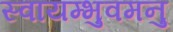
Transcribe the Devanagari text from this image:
स्वायम्भुवमनु